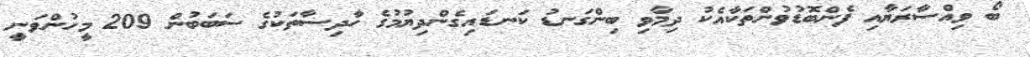
ބޯ ވިއްސާރަޔާއި ފެންބޮޑުވުންތަކާއެކު ދިމާވި ބިންގަނޑު ކަނޑައިގެންދިޔުމުގެ ހާދިސާތަކުގެ ސަބަބުން 209 މީހުންވަނީ